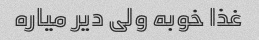
غذا خوبه ولی دیر میاره